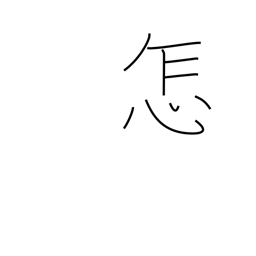
Meaning: how